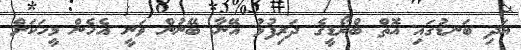
އަދި ބަނޑުގައި އޮތް ބްރޯޑީގެ ދަރިފުޅު އޭނާ ބޭނުން ވަނީ އެހެން މީހަކަށް